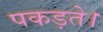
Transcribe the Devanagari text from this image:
पकड़ते।